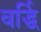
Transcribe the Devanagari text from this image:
वर्द्धि